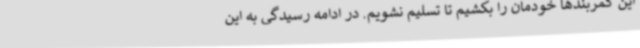
این کمربندها خودمان را بکشیم تا تسلیم نشویم. در ادامه رسیدگی به این